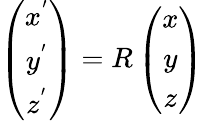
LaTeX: \left(\begin{array}{c}{{{x}}^{{'}}}\\ {{{y}}^{{'}}}\\ {{{z}}^{{'}}}\end{array}\right)=R\left(\begin{array}{c}{{x}}\\ {{y}}\\ {{z}}\end{array}\right)